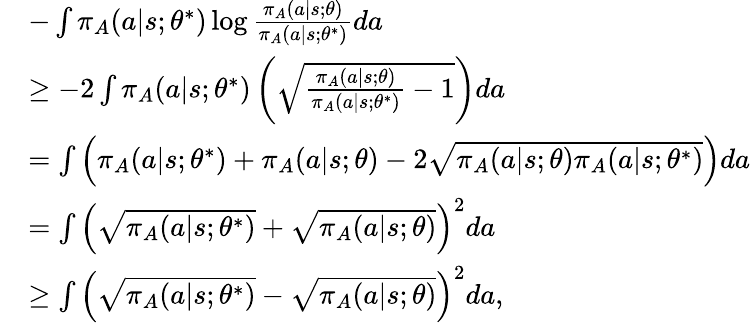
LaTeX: \begin{array}{rl}&{-\int\pi_{A}(a|s;\theta^{\ast})\log\frac{\pi_{A}(a|s;\theta)}{\pi_{A}(a|s;\theta^{\ast})}da}\\ &{\geq-2\int\pi_{A}(a|s;\theta^{*})\left(\sqrt{\frac{\pi_{A}(a|s;\theta)}{\pi_{A}(a|s;\theta^{*})}-1}\right)da}\\ &{=\int\left(\pi_{A}(a|s;\theta^{*})+\pi_{A}(a|s;\theta)-2\sqrt{\pi_{A}(a|s;\theta)\pi_{A}(a|s;\theta^{*})}\right)da}\\ &{=\int\left(\sqrt{\pi_{A}(a|s;\theta^{*})}+\sqrt{\pi_{A}(a|s;\theta)}\right)^{2}da}\\ &{\geq\int\left(\sqrt{\pi_{A}(a|s;\theta^{*})}-\sqrt{\pi_{A}(a|s;\theta)}\right)^{2}da,}\end{array}